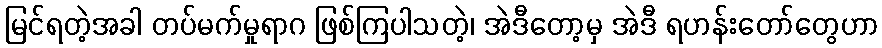
မြင်ရတဲ့အခါ တပ်မက်မှုရာဂ ဖြစ်ကြပါသတဲ့၊ အဲဒီတော့မှ အဲဒီ ရဟန်းတော်တွေဟာ